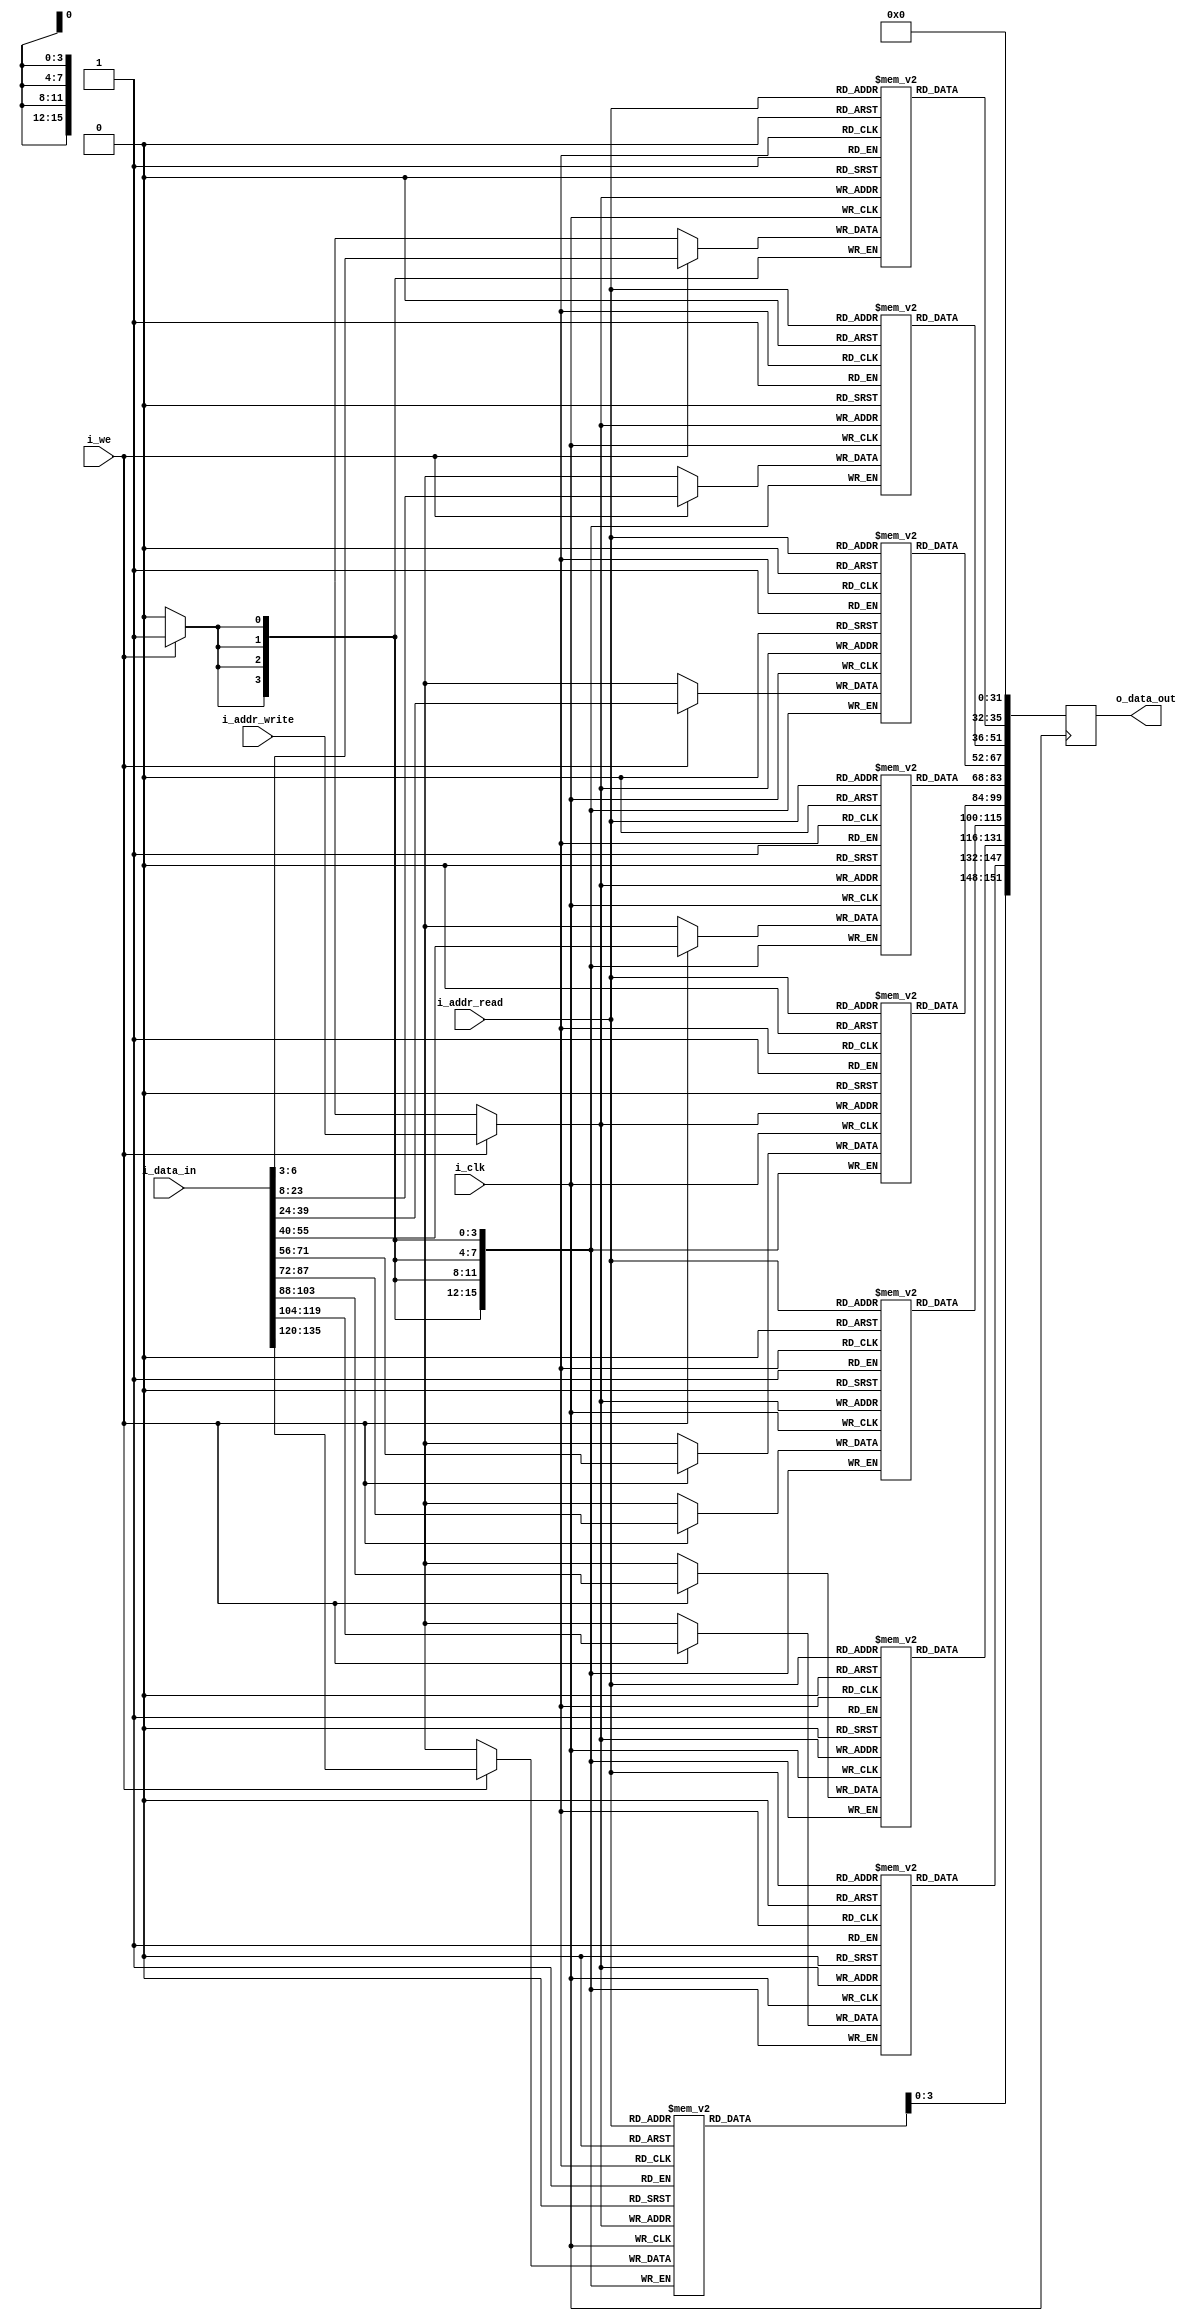
module bram#(
        parameter WIDTH = 152, 
        parameter DEPTH = 16,
        localparam ADDRW = $clog2(DEPTH)
    )(
    input wire i_clk,                       // clock (port a & b)
    input wire i_we,                        // write enable (port a)
    input wire [ADDRW-1:0] i_addr_write,    // write address (port a)
    input wire [ADDRW-1:0] i_addr_read,     // read address (port b)
    input wire [WIDTH-1:0] i_data_in,       // data in (port a)
    output reg [WIDTH-1:0] o_data_out       // data out (port b)
    );

    reg [15:0] oc_0 [DEPTH-1:0];
    reg [15:0] oc_1 [DEPTH-1:0];
    reg [15:0] oc_2 [DEPTH-1:0];
    reg [15:0] oc_3 [DEPTH-1:0];
    reg [15:0] oc_4 [DEPTH-1:0];
    reg [15:0] oc_5 [DEPTH-1:0];
    reg [15:0] oc_6 [DEPTH-1:0];
    reg [15:0] oc_7 [DEPTH-1:0];
    reg [15:0] prev_branch [DEPTH-1:0]; 
    reg [3:0] depth [DEPTH-1:0];
    
    integer i;
    initial begin
        for(i = 0; i < DEPTH; i = i+1) begin
            oc_0[i] <= 0;
            oc_1[i] <= 0;
            oc_2[i] <= 0;
            oc_3[i] <= 0;
            oc_4[i] <= 0;
            oc_5[i] <= 0;
            oc_6[i] <= 0;
            oc_7[i] <= 0;
            prev_branch[i] <= 0;
            depth[i] <= 0;
            
        end      
    end

    // Port A: Sync Write
    always @(posedge i_clk) begin
        if (i_we) begin
            oc_0[i_addr_write] <= i_data_in[151:136];
            oc_1[i_addr_write] <= i_data_in[135:120];
            oc_2[i_addr_write] <= i_data_in[119:104];
            oc_3[i_addr_write] <= i_data_in[103:88];
            oc_4[i_addr_write] <= i_data_in[87:72];
            oc_5[i_addr_write] <= i_data_in[71:56];
            oc_6[i_addr_write] <= i_data_in[55:40];
            oc_7[i_addr_write] <= i_data_in[39:24];
            prev_branch[i_addr_write] <= i_data_in[23:8];
            depth[i_addr_write] <= i_data_in[7:3];
        end
    end

    // Port B: Sync Read
    always @(posedge i_clk) begin
        o_data_out <= {oc_0[i_addr_read],oc_1[i_addr_read],oc_2[i_addr_read],oc_3[i_addr_read],oc_4[i_addr_read],oc_5[i_addr_read],oc_6[i_addr_read],oc_7[i_addr_read],prev_branch[i_addr_read],depth[i_addr_read],0};
    end
endmodule